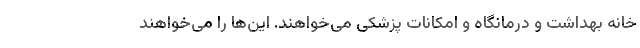
خانه بهداشت و درمانگاه و امکانات پزشکی می‌خواهند. این‌ها را می‌خواهند